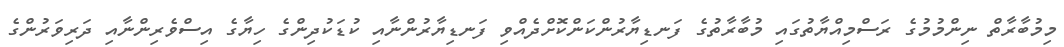
މިމުބާރާތް ނިންމުމުގެ ރަސްމިއްޔާތުގައި މުބާރާތުގެ ފަނޑިޔާރުންކަންކޮށްދެއްވި ފަނޑިޔާރުންނާއި ކުޑަކުދިންގެ ހިޔާގެ އިސްވެރިންނާއި ދަރިވަރުންގެ